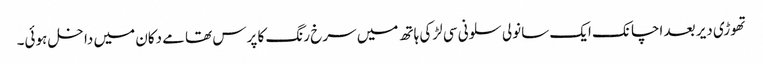
تھوڑی دیر بعد اچانک ایک سانولی سلونی سی لڑکی ہاتھ میں سرخ رنگ کا پرس تھامے دکان میں داخل ہوئی۔